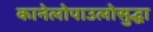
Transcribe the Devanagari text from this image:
कानेलोपाउलोसुद्धा